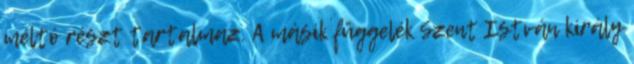
méltó részt tartalmaz. A másik függelék Szent István király